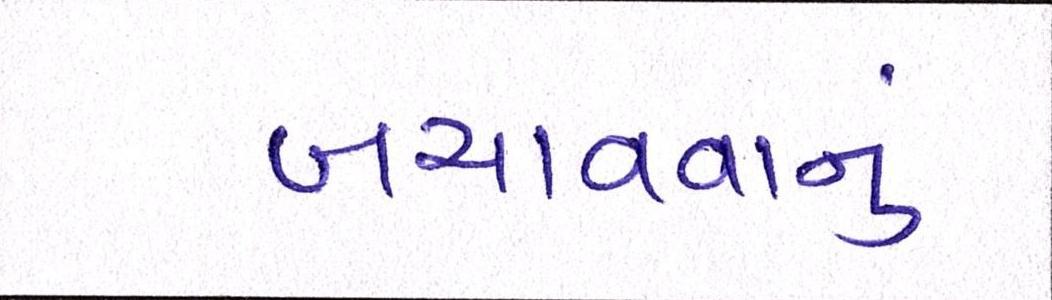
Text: બચાવવાનું